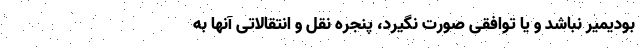
بودیمیر نباشد و یا توافقی صورت نگیرد، پنجره نقل و انتقالاتی آنها به